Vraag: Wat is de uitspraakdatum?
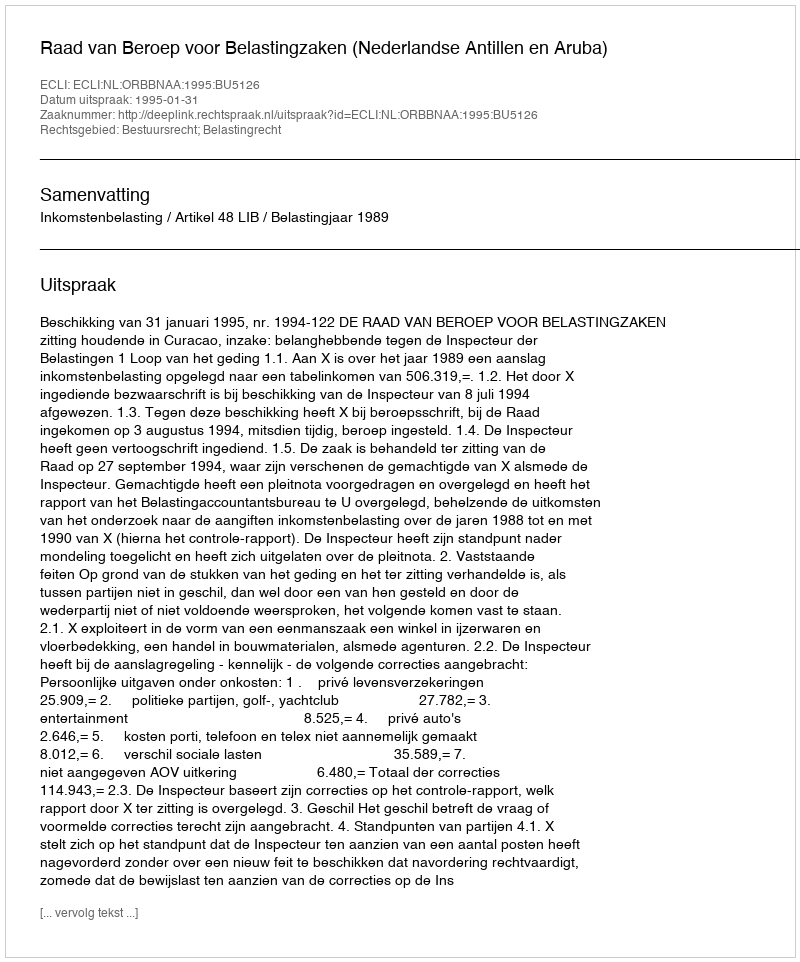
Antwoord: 1995-01-31